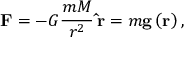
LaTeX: \mathbf { F } = - G { \frac { m M } { { r } ^ { 2 } } } \, \mathbf { \hat { r } } = m \mathbf { g } \left( \mathbf { r } \right) ,